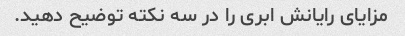
مزایای رایانش ابری را در سه نکته توضیح دهید.